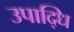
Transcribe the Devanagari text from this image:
उपाद्धि